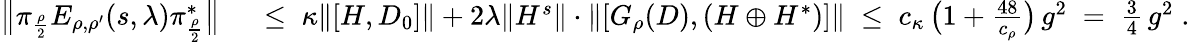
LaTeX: \begin{array}{rl}{\big\| \pi_{\frac{\rho}{2}}E_{\rho,\rho^{\prime}}(s,\lambda)\pi_{\frac{\rho}{2}}^{*}\big\| }&{{}\; \leq\; \kappa\| [H,D_{0}]\| +2\lambda\| H^{s}\| \cdot\| [G_{\rho}(D),(H\oplus H^{*})]\| \; \leq\; c_{\kappa}\, {\big(1+\frac{48}{c_{\rho}}\big)}\, g^{2}\; =\; \frac{3}{4}\, g^{2}\; .}\end{array}